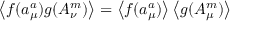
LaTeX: \left\langle f ( a _ { \mu } ^ { a } ) g ( A _ { \nu } ^ { m } ) \right\rangle = \left\langle f ( a _ { \mu } ^ { a } ) \right\rangle \left\langle g ( A _ { \mu } ^ { m } ) \right\rangle